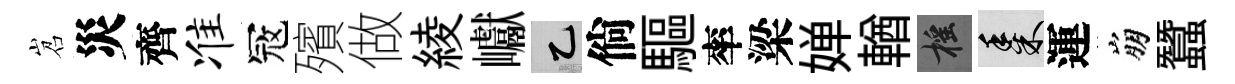
岧災齊准冦殯做綾巘乙倘驅率梁婵輶摇黍運崩蠶